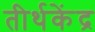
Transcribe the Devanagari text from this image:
तीर्थकेंद्र